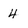
Character: 4